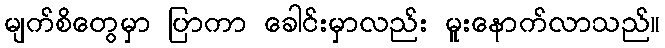
မျက်စိတွေမှာ ပြာကာ ခေါင်းမှာလည်း မူးနောက်လာသည်။